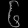
Digit: ၆